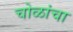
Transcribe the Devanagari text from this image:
चोळांचा